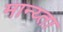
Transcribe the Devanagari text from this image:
मान्य्ता